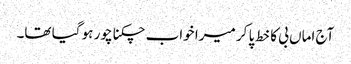
آج اماں بی کا خط پا کر میرا خواب چکنا چور ہو گیا تھا۔